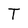
Character: T